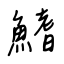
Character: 鰭